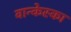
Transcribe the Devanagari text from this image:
वान्केस्का